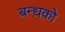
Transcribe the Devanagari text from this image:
बन्धको